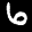
Label: 6